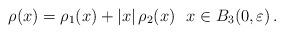
LaTeX: \begin{align*} \rho(x)=\rho_{1}(x)+|x|\,\rho_{2}(x) \ \ x\in B_3(0,\varepsilon)\,.\end{align*}